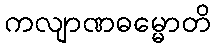
ကလျာဏဓမ္မောတိ